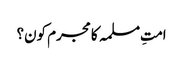
امتِ مسلمہ کا مجرم کون؟